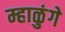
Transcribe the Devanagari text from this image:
म्हाळुंगे